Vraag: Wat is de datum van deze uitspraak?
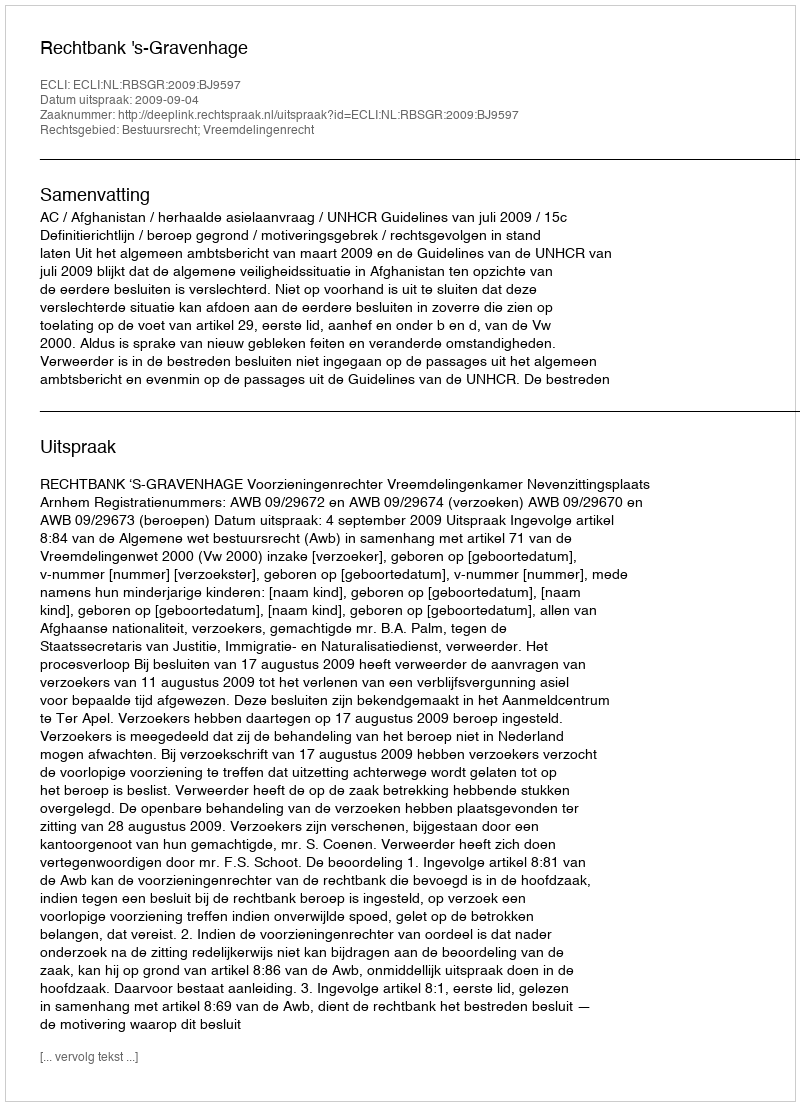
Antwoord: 2009-09-04